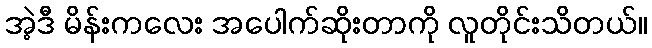
အဲ့ဒီ မိန်းကလေး အပေါက်ဆိုးတာကို လူတိုင်းသိတယ်။